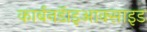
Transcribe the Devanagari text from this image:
कार्बनडॅाइआक्साइड